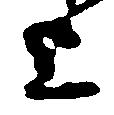
上